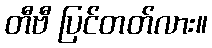
တီဗီ ပြင်တတ်လား။